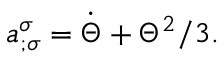
a _ { ; \sigma } ^ { \sigma } = \dot { \Theta } + \Theta ^ { 2 } / 3 .